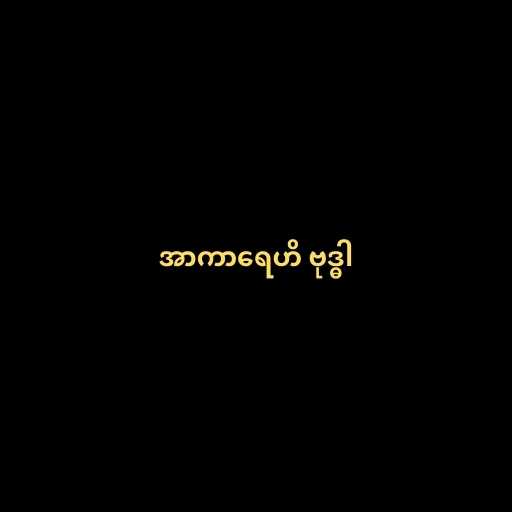
အာကာရေဟိ ဗုဒ္ဓါ